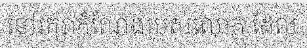
នៅរក្សាតំណែងរបស់លោក ដែល